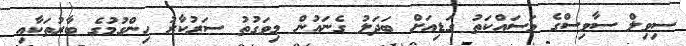
ސިވިލް ސާވިސްގެ މަސައްކަތު ގަޑިއަށް ބަދަލު ގެނައުން މިވަގުތު ސަރުކާރު ހިންގުމުގެ ބާރުތަކާއި